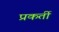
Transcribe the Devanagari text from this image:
प्रकर्ती